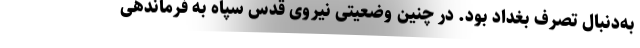
به‌دنبال تصرف بغداد بود. در چنین وضعیتی نیروی قدس سپاه به فرماندهی